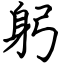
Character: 躬